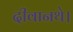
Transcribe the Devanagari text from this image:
दीवानथे।